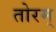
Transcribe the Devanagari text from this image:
तोरम्